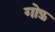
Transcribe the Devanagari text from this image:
गोफ़